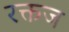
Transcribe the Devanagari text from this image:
रक्तज